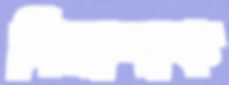
গিমাশাক